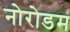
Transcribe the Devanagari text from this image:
नोरोडम